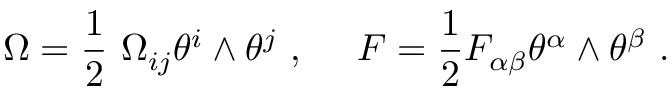
\Omega = \frac { 1 } { 2 } \ \Omega _ { i j } \theta ^ { i } \wedge \theta ^ { j } \ , \ \ \ \ F = \frac { 1 } { 2 } F _ { \alpha \beta } \theta ^ { \alpha } \wedge \theta ^ { \beta } \ .